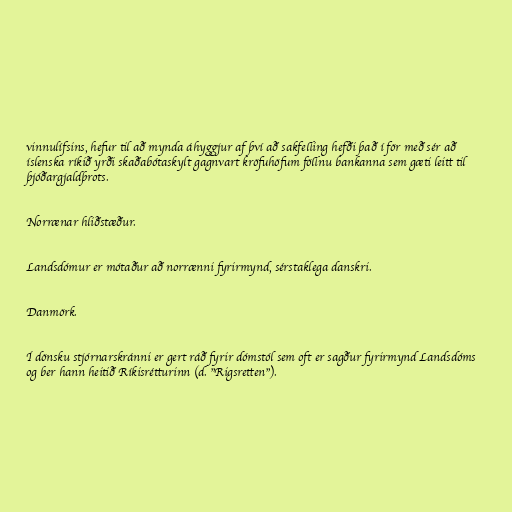
vinnulífsins, hefur til að mynda áhyggjur af því að sakfelling hefði það í för með sér að
íslenska ríkið yrði skaðabótaskylt gagnvart kröfuhöfum föllnu bankanna sem gæti leitt til
þjóðargjaldþrots.

Norrænar hliðstæður.

Landsdómur er mótaður að norrænni fyrirmynd, sérstaklega danskri.

Danmörk.

Í dönsku stjórnarskránni er gert ráð fyrir dómstól sem oft er sagður fyrirmynd Landsdóms
og ber hann heitið Ríkisrétturinn (d. "Rigsretten").